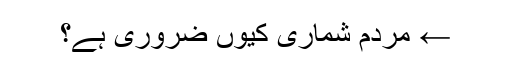
← مردم شماری کیوں ضروری ہے؟